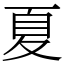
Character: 夏